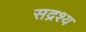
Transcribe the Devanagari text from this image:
सद्रश्य